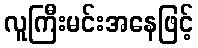
လူကြီးမင်းအနေဖြင့်